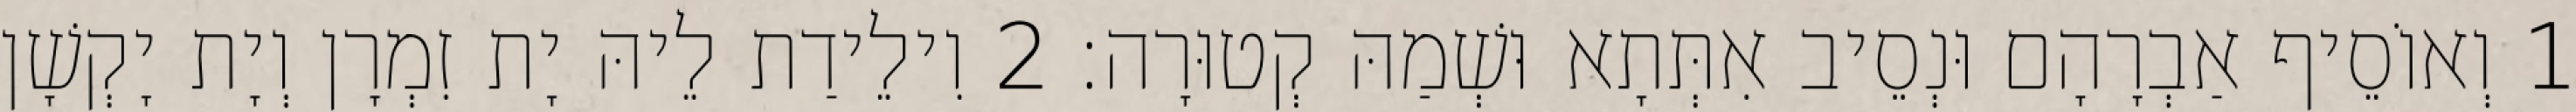
1 וְאוֹסֵיף אַבְרָהָם וּנְסֵיב אִתְּתָא וּשְׁמַהּ קְטוּרָה׃ 2 וִילֵידַת לֵיהּ יָת זִמְרָן וְיָת יָקְשָׁן